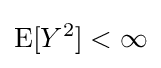
\operatorname {E} [Y^{2}]<\infty